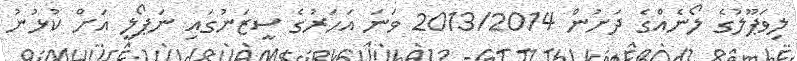
ލިވަޕޫލުގެ ލޯނެއްގެ ދަށުން 2013/2014 ވަނަ އަހަރުގެ ސީޒަނުގައި ނަޕޯލީ އަށް ކުޅުނު